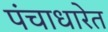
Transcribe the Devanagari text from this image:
पंचाधारेत